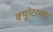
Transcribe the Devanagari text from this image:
क्युरेटरच्या